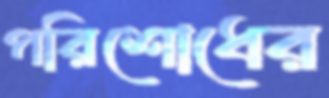
পরিশোধের